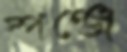
স্পঞ্জে